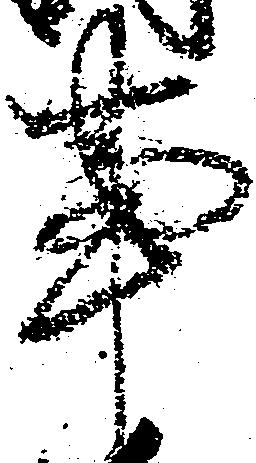
事